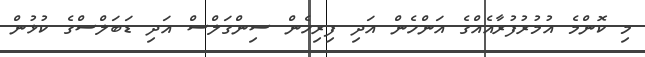
މި ކޮންމެ އުމުރުފުރާއެއްގެ އަންހެން އަދި ފިރިހެން ސިންގަލްސް އަދި ޑަބަލްސްގެ ކުޅުން